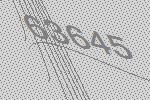
63645